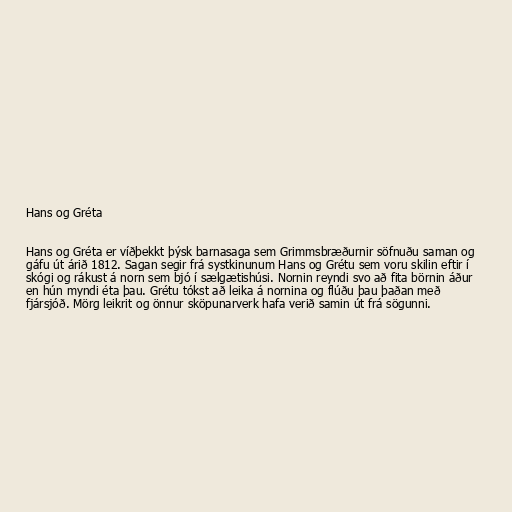
Hans og Gréta

Hans og Gréta er víðþekkt þýsk barnasaga sem Grimmsbræðurnir söfnuðu saman og
gáfu út árið 1812. Sagan segir frá systkinunum Hans og Grétu sem voru skilin eftir í
skógi og rákust á norn sem bjó í sælgætishúsi. Nornin reyndi svo að fita börnin áður
en hún myndi éta þau. Grétu tókst að leika á nornina og flúðu þau þaðan með
fjársjóð. Mörg leikrit og önnur sköpunarverk hafa verið samin út frá sögunni.